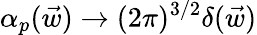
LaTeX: {\alpha}_{p}(\vec{w})\to(2\pi)^{3/2}\delta(\vec{w})